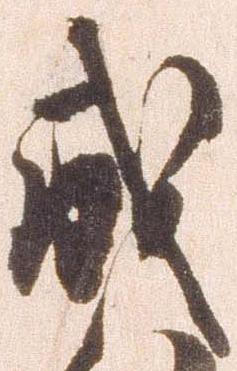
成